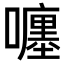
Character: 𡃚